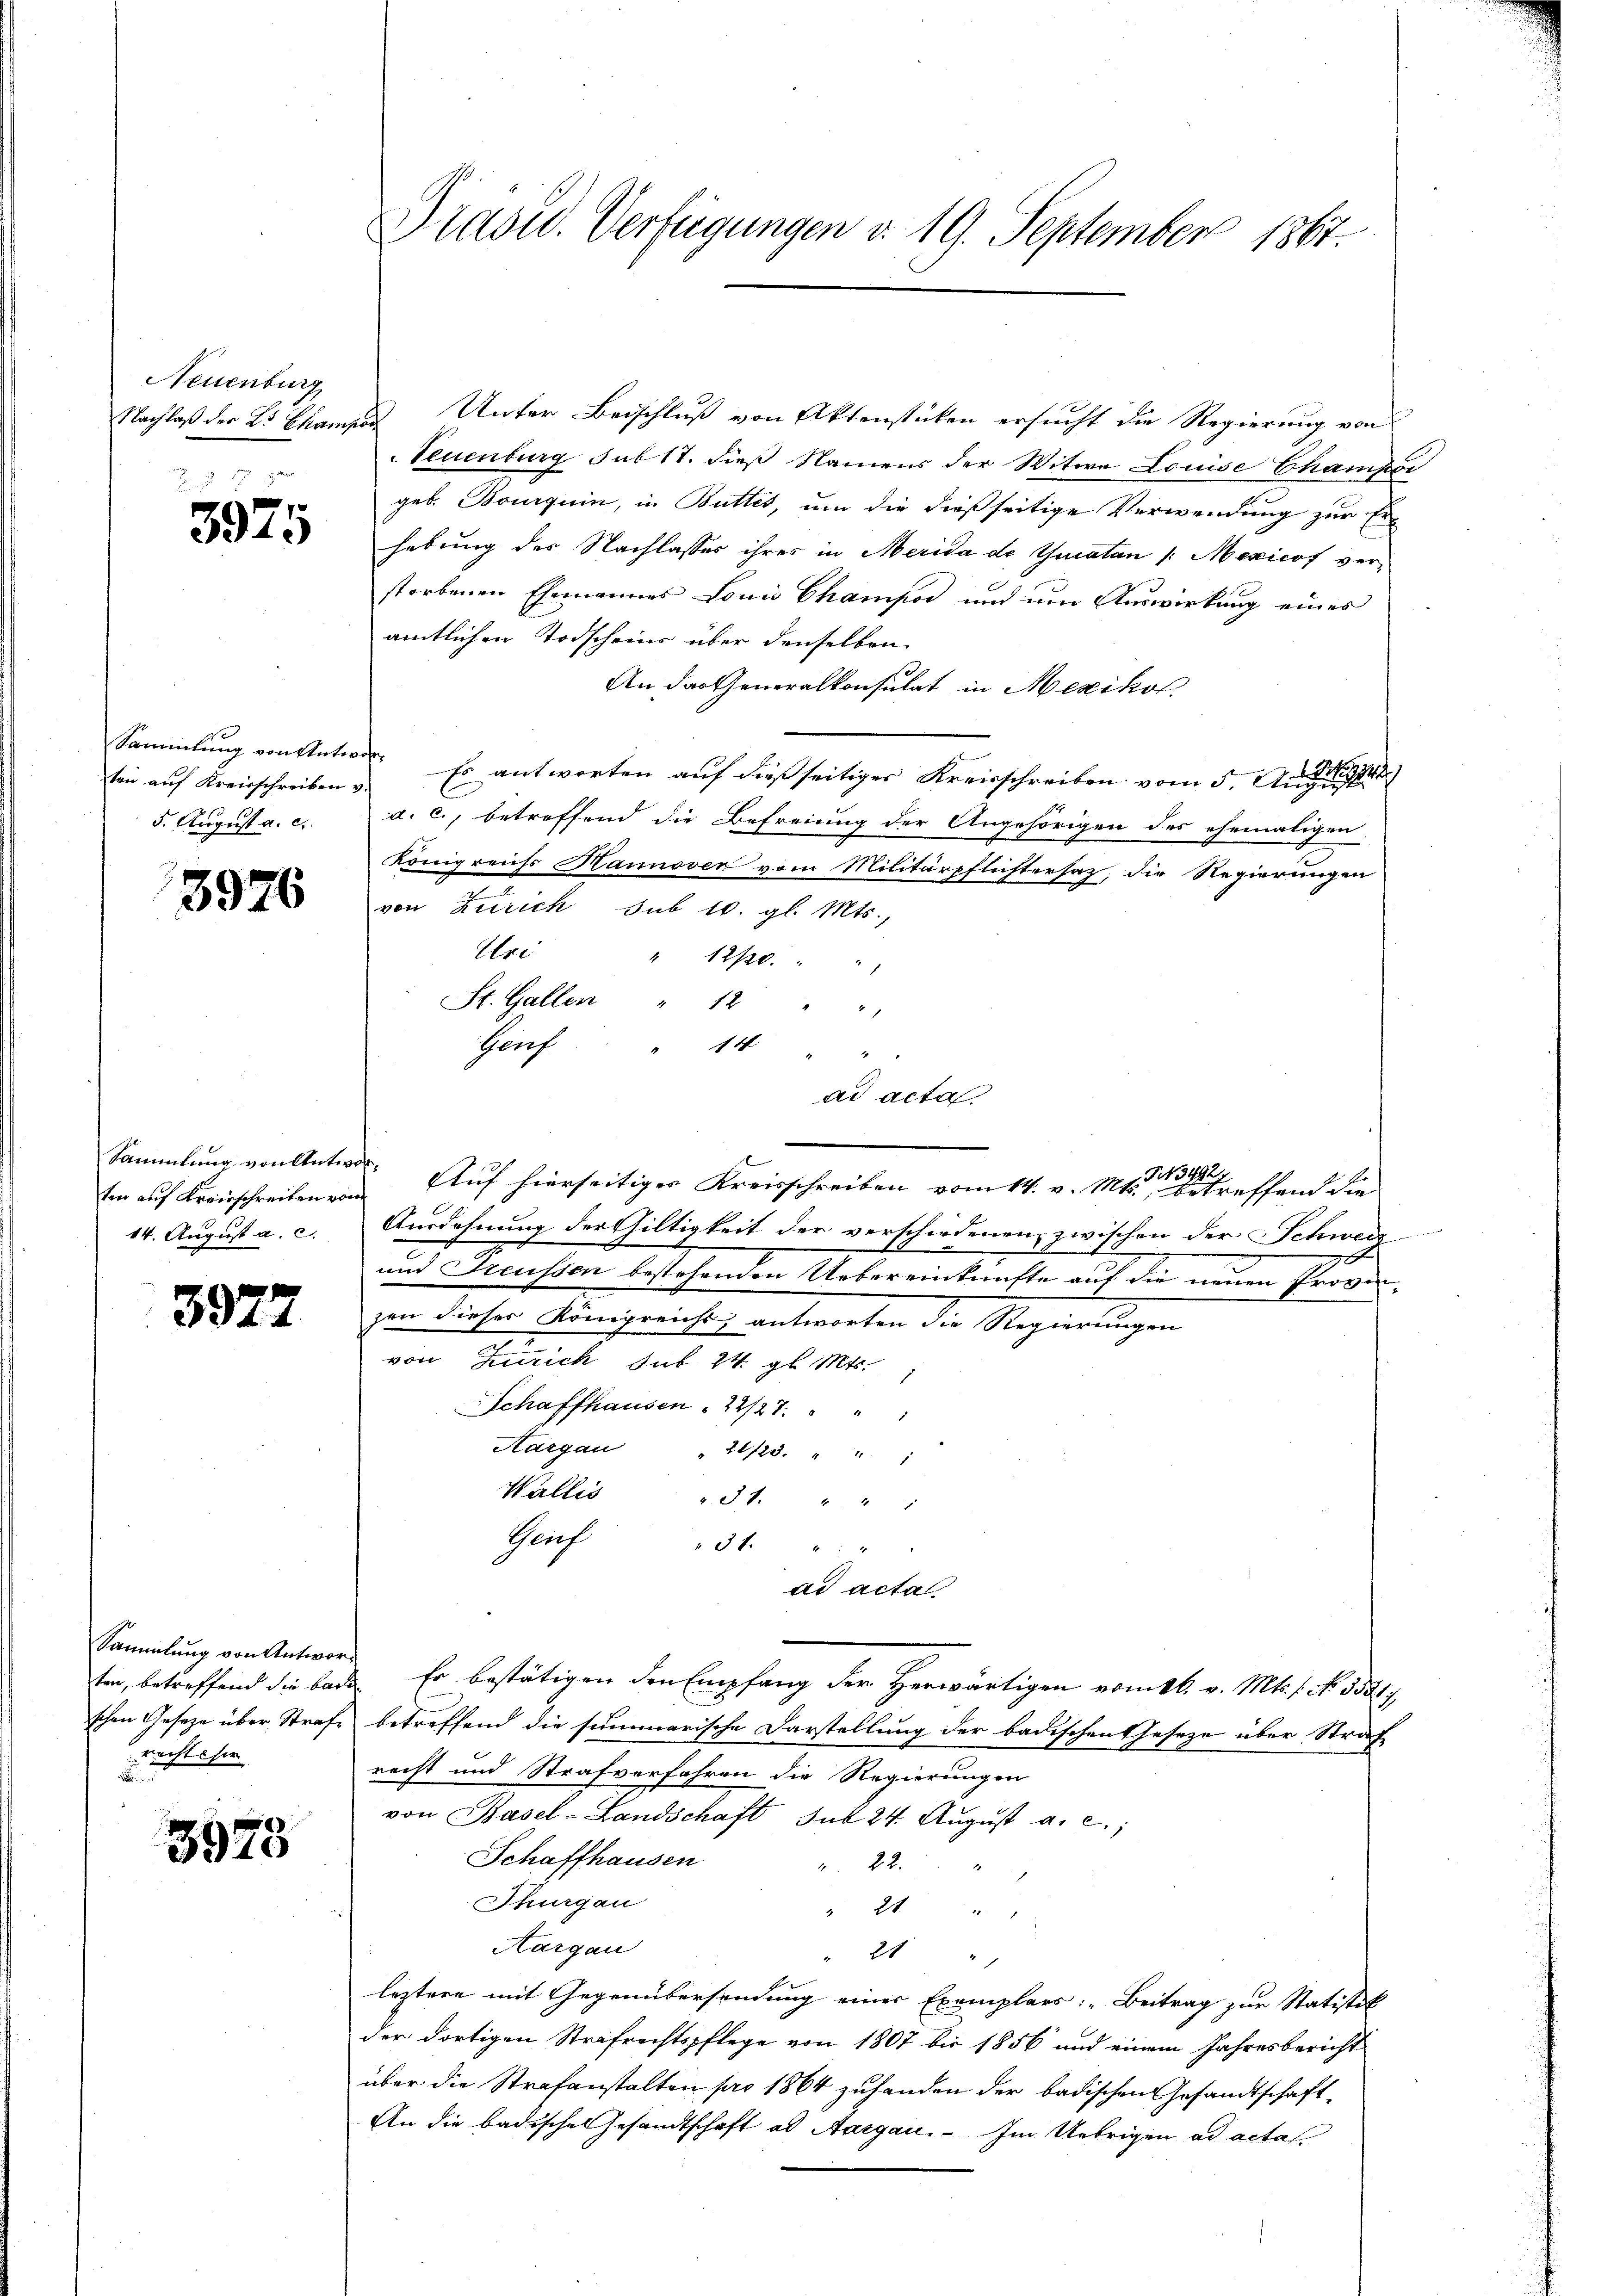
Neuenburg

17 x
3975

ten auf Kreisschreiben v.
5. August a. c.

3976

ten auf Kreisschreiben vom
14. August a. c.

3927

Sammlung von Antworten, betreffend die bai
schen Gesetze über Strafrechtsher

3973

Dradid. Verfügungen v. 19. September 1867.

Nachlaß der L. Campe Unter Beischluß von Aktenstücken ersucht die Regierung von
Teuenburg sub 17. dieß Namens der Witwe Louise Champor
geb. Bourquin, in Butter, um die dießseitige Verwendung zur Erhebung des Nachlasses ihres in Merida de Guatan /: Mexicof verstorbenen Ehemannes Louis Champor und um Auswirkung eines
amtlichen Todscheine über denselben
An das Generalkonsulat in Mexikol
Sammlung von Stations. Es antworten auf dießseitiger Kreisschreiben vom 5. August der
a. c., betreffend die Befreiung der Angehörigen des ehemaligen
Königreichs Hannoven vom Militärpflichtersaz, die Regierungen
von Zürich sub 10. gl. Mts.,
Uri
" 12720. " "
St. Gallen " 12 " "
Gof
14 " " "
ad acta
F3492.
Sammlung von Antwort. Auf hierseitiges Kreisschreiben vom 14. v. Mts., betreffend die
Ausdehnung der Giltigkeit der verschiedenen zwischen der Schweiz
und Preussen bestehenden Uebereinkünfte auf die neuen Progen
zen dieser Königreichs, antworten die Regierungen
von Zürich sub. 24. gl. Mts.
Schaffhausen 22/27. " " "
Hargau
20723. " " 1
Wallis
3t. " " "
Gruf
3f. " "
ad acta
da. Er bestätigen den Empfang der Herwärtigen vom 26. v. Mts. f. No. 35317,
betreffend die summarische Darstellung der badischen Geseze über Straf
recht und Strafverfahren die Regierungen
von Basel-Landschaft sub 24. August a. c.,
Schaffhausen
22.
Thurgau
" 21 " "
Hargau
21 "
leztere mit Gegenübersendung einer Exemplars: „Beitrag zur Statistik
der dortigen Strafrechtspflege von 1807 bis 1856 und einem Jahresbericht
über die Strafanstalten pro 1864 zuhanden der badischen Gesandtschaft¬
An die Badische Gesandtschaft als Aargau. Im Uebrigen ad actas¬